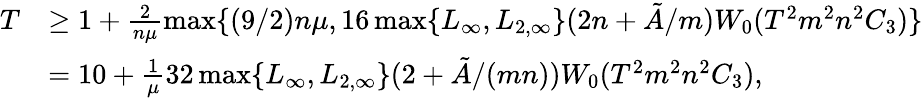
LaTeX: \begin{array}{rl}{T}&{\ge 1+\frac{2}{n\mu}\operatorname*{max}\{ (9/2)n\mu,16\operatorname*{max}\{ L_{\infty},L_{2,\infty}\} (2n+\tilde{A}/m)W_{0}(T^{2}m^{2}n^{2}C_{3})\} }\\ &{=10+\frac{1}{\mu}32\operatorname*{max}\{ L_{\infty},L_{2,\infty}\} (2+\tilde{A}/(mn))W_{0}(T^{2}m^{2}n^{2}C_{3}),}\end{array}